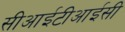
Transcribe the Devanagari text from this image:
सीआईटीआईसी